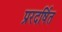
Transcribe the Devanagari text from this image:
प्ररदर्षित